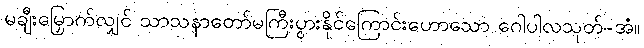
မချီးမြှောက်လျှင် သာသနာတော်မကြီးပွားနိုင်ကြောင်းဟောသော ဂေါပါလသုတ်-အံ။